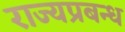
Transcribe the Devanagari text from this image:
राज्यप्रबन्ध